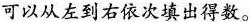
可以从左到右依次填出得数。